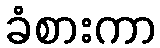
ခံစားကာ